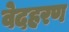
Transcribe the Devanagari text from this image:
वेदहरण